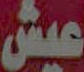
عيش